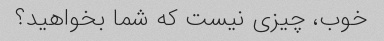
خوب، چیزی نیست که شما بخواهید؟